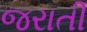
જરાતી